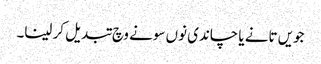
جویں تانے یا چاندی نوں سونے وچ تبدیل کر لینا۔